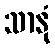
သာနုံ